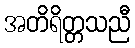
အတိရိတ္တသညီ